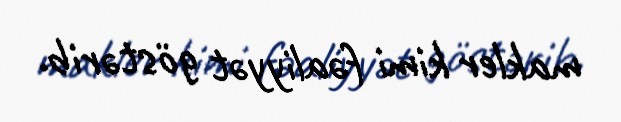
makler kimi fəaliyyət göstərib.